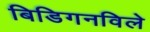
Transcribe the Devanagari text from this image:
बिडिगनविले